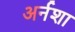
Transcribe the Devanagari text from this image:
अर्नशा